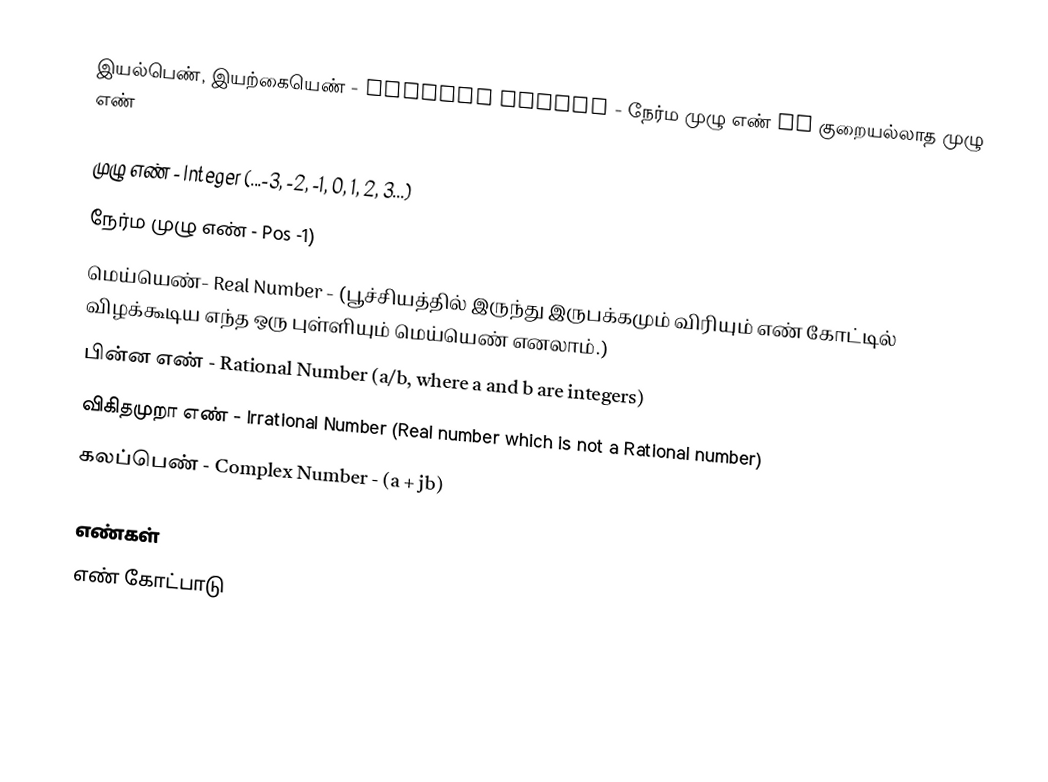
இயல்பெண்,  இயற்கையெண் - Natural Number - நேர்ம முழு எண் or குறையல்லாத முழு எண்

 முழு எண் - Integer (...-3, -2, -1, 0, 1, 2, 3...)
 நேர்ம முழு எண் - Pos -1)
 மெய்யெண்- Real Number - (பூச்சியத்தில் இருந்து இருபக்கமும் விரியும் எண் கோட்டில் விழக்கூடிய எந்த ஒரு புள்ளியும் மெய்யெண் எனலாம்.)
 பின்ன எண் - Rational Number (a/b, where a and b are integers)
 விகிதமுறா எண் - Irrational Number (Real number which is not a Rational number)
 கலப்பெண் - Complex Number - (a + jb)

எண்கள்
எண் கோட்பாடு

en:Number system